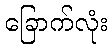
ခြောက်လုံး